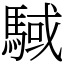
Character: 䮙